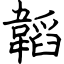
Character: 韜